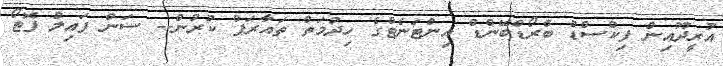
އުރީދޫއިން ފިކްސްޑް ބްރޯޑްބޭންޑް އިންޓަނެޓްގެ ހިދުމަތް ތައާރަފް ކުރުން-- ސަން ފައިލް ފޮޓޯ